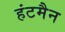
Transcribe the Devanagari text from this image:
हंटमैन